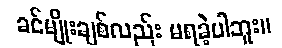
ခင်မျိုးချစ်လည်း မရခဲ့ပါဘူး။